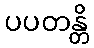
ပပတန္တိ